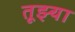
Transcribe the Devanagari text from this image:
तूझ्या